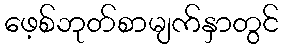
ဖေ့စ်ဘုတ်စာမျက်နှာတွင်